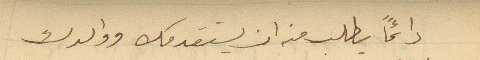
دائماً يطلب منه ان يستقدمك ووالدك